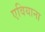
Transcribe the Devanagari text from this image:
एवियाना